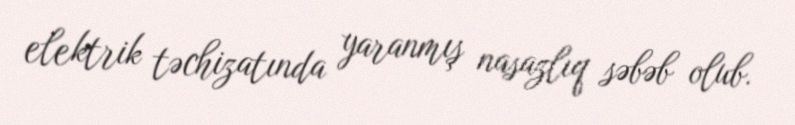
elektrik təchizatında yaranmış nasazlıq səbəb olub.